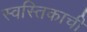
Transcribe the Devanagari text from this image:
स्वस्तिकाची